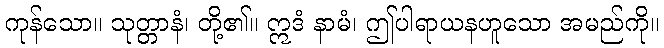
ကုန်သော။ သုတ္တာနံ၊ တို့၏။ ဣဒံ နာမံ၊ ဤပါရာယနဟူသော အမည်ကို။